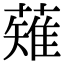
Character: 薙